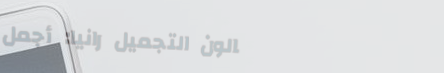
صالون التجميل رانيا: أجمل